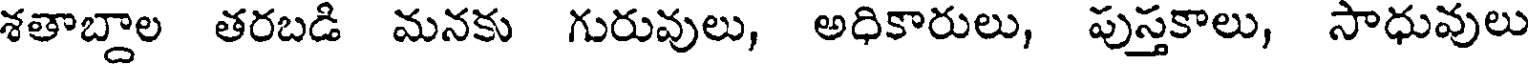
శతాబ్దాల తరబడి మనకు గురువులు, అధికారులు, పుస్తకాలు, సాధువులు